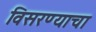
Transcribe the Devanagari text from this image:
विसरण्याचा